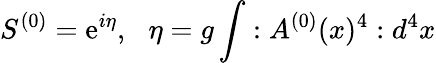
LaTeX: S^{(0)}=\mathrm{e}^{i\eta},\, \, \, \, \eta=g\int:A^{(0)}(x)^{4}:d^{4}x